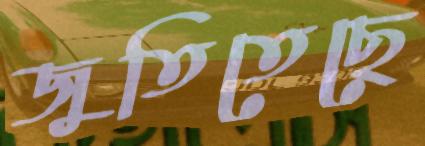
জুতিতেছে